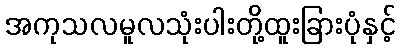
အကုသလမူလသုံးပါးတို့ထူးခြားပုံနှင့်